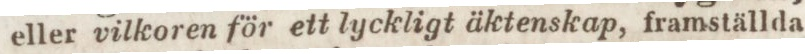
eller vilkoren för ett lyckligt äktenskap, framställda